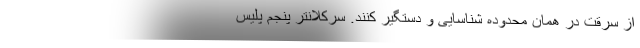
از سرقت در همان محدوده شناسایی و دستگیر کنند. سرکلانتر پنجم پلیس